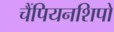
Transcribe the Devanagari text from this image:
चैंपियनशिपो